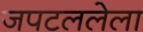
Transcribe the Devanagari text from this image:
जपटललेला